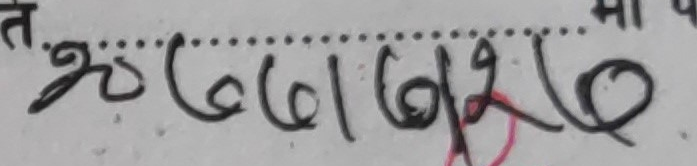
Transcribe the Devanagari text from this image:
२०७५७१७५९२७